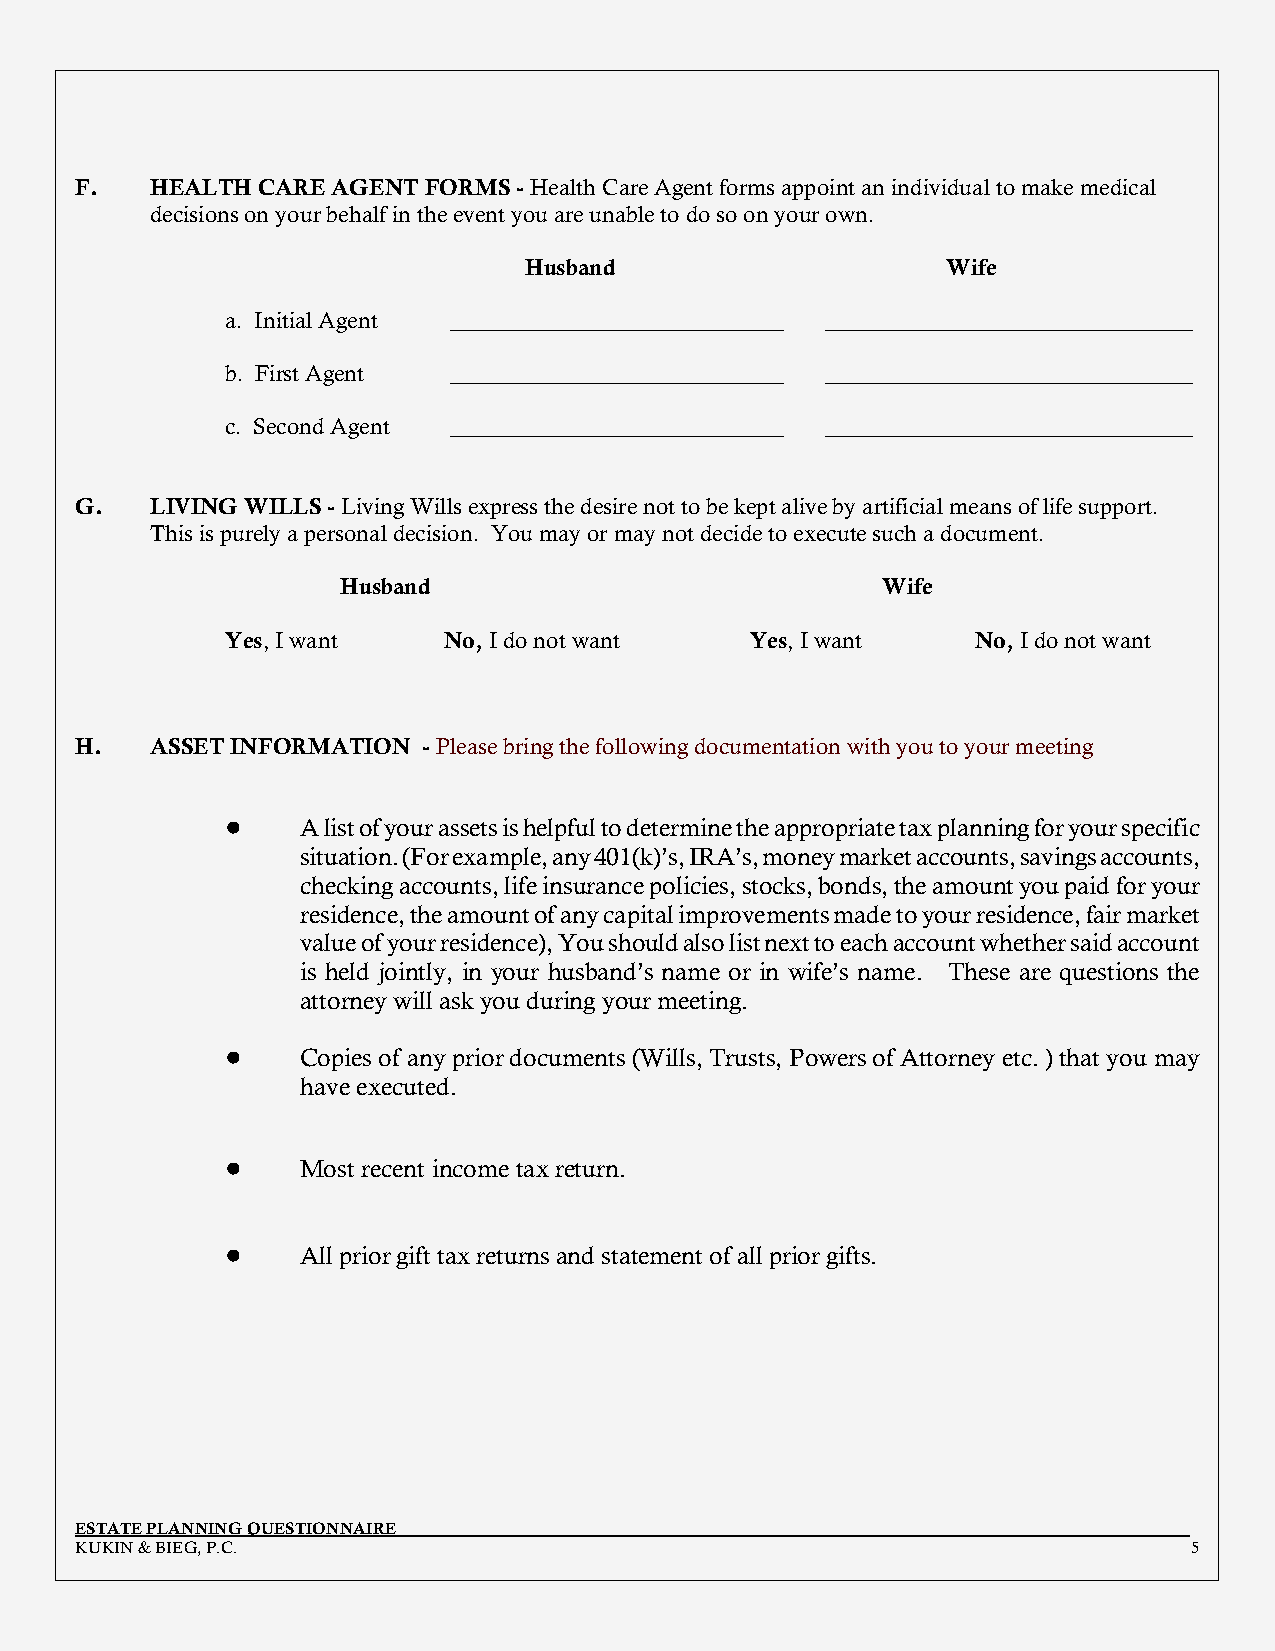
F.   HEALTH CARE AGENT FORMS - Health Care Agent forms appoint an individual to make medical
 decisions on your behalf in the event you are unable to do so on your own.
 Husband                     Wife
 a. Initial Agent _____________________________ ________________________________
 b. First Agent _____________________________ ________________________________
 c. Second Agent _____________________________ ________________________________
 G.   LIVING WILLS - Living Wills express the desire not to be kept alive by artificial means of life support.
 This is purely a personal decision. You may or may not decide to execute such a document.
 Husband                            Wife
 Yes, I want   No, I do not want    Yes, I want    No, I do not want
 H.   ASSET INFORMATION - Please bring the following documentation with you to your meeting
 !    A list of your assets is helpful to determine the appropriate tax planning for your specific
 situation. (For example, any 401(k)’s, IRA’s, money market accounts, savings accounts,
 checking accounts, life insurance policies, stocks, bonds, the amount you paid for your
 residence, the amount of any capital improvements made to your residence, fair market
 value of your residence), You should also list next to each account whether said account
 is held jointly, in your husband’s name or in wife’s name. These are questions the
 attorney will ask you during your meeting.
 !    Copies of any prior documents (Wills, Trusts, Powers of Attorney etc. ) that you may
 have executed.
 !    Most recent income tax return.
 !    All prior gift tax returns and statement of all prior gifts.
 ESTATE PLANNING QUESTIONNAIRE
 KUKIN & BIEG, P.C.                                                        5